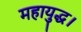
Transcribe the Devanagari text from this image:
महायुद्ध।